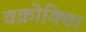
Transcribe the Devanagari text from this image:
वक्रोक्ति।